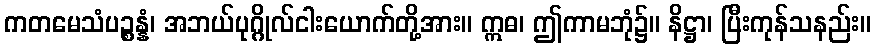
ကတမေသံပဉ္စန္နံ၊ အဘယ်ပုဂ္ဂိုလ်ငါးယောက်တို့အား။ ဣဓ၊ ဤကာမဘုံ၌။ နိဋ္ဌာ၊ ပြီးကုန်သနည်း။